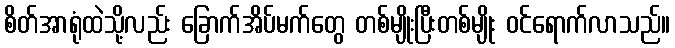
စိတ်အာရုံထဲသို့လည်း ခြောက်အိပ်မက်တွေ တစ်မျိုးပြီးတစ်မျိုး ဝင်ရောက်လာသည်။